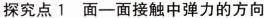
探究点1 面-面接触中弹力的方向